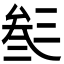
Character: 𠫽